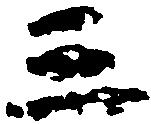
三